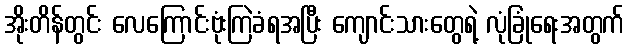
အိုးတိန်တွင်း လေကြောင်းဗုံးကြဲခံရအပြီး ကျောင်းသားတွေရဲ့ လုံခြုံရေးအတွက်